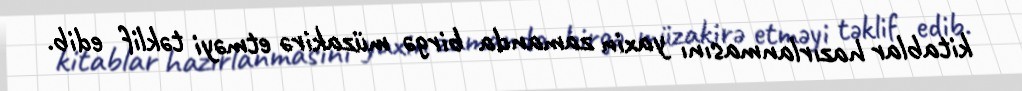
kitablar hazırlanmasını yaxin zamanda birgə müzakirə etməyi təklif edib.